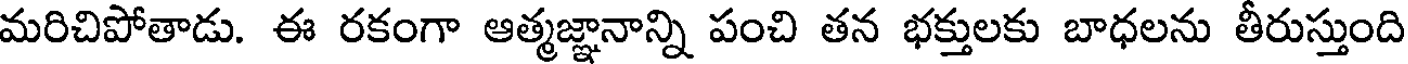
మరిచిపోతాడు. ఈ రకంగా ఆత్మజ్ఞానాన్ని పంచి తన భక్తులకు బాధలను తీరుస్తుంది